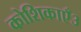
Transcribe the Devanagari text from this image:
कोशिकाएँ३